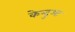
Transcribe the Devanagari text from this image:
केन्‍दुआ